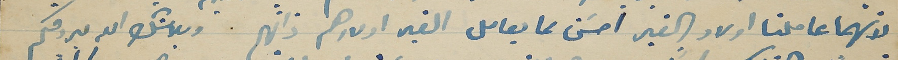
لانهما عاملنا اولاد الغير احسَن مما يعامل الغير اولادهم ذاتهم وبلا شك الا يردقكم